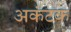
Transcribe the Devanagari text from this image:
अकंटक